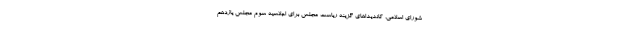
شورای اسلامی، کاندیداهای گزینه ریاست مجلس برای اجلاسیه سوم مجلس یازدهم